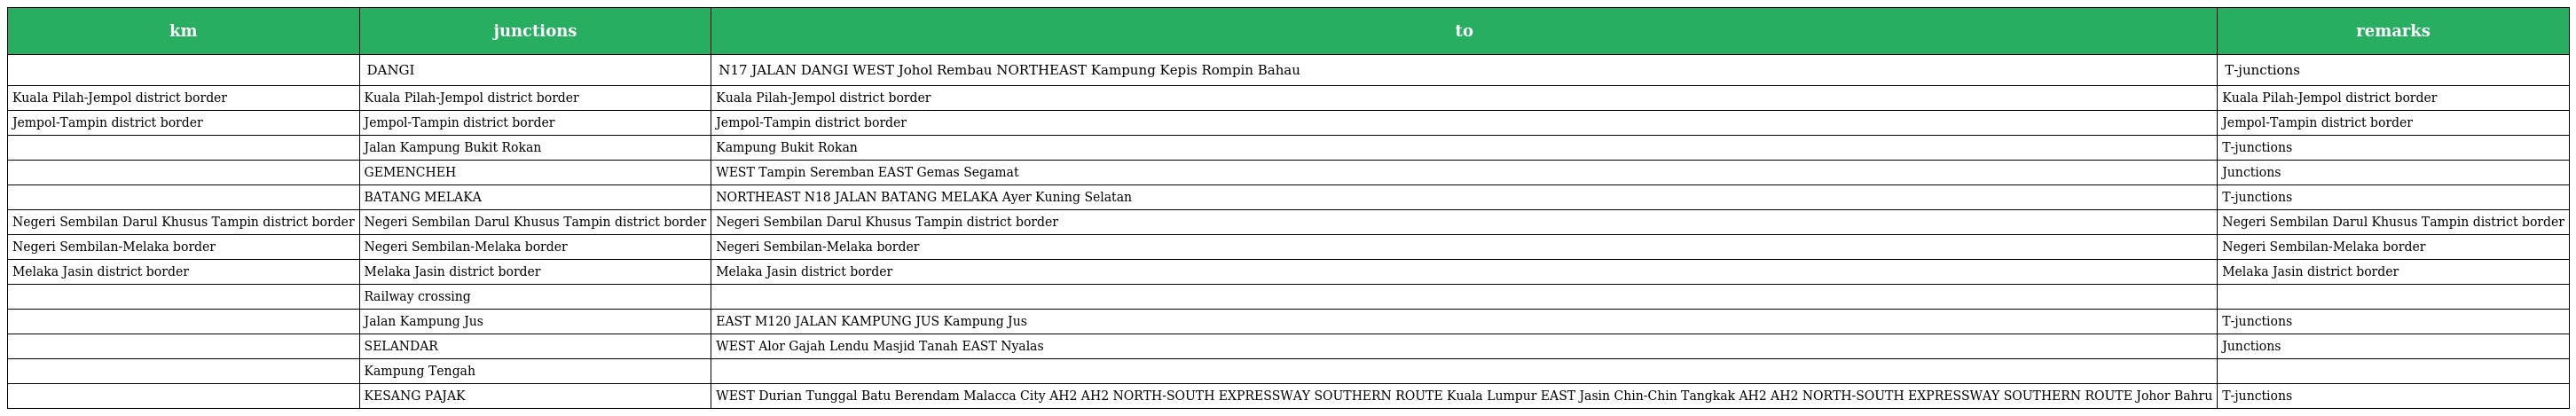
| km | junctions | to | remarks |
 | --- | --- | --- | --- |
 |  | DANGI | N17 JALAN DANGI WEST Johol Rembau NORTHEAST Kampung Kepis Rompin Bahau | T-junctions |
 | Kuala Pilah-Jempol district border | Kuala Pilah-Jempol district border | Kuala Pilah-Jempol district border | Kuala Pilah-Jempol district border |
 | Jempol-Tampin district border | Jempol-Tampin district border | Jempol-Tampin district border | Jempol-Tampin district border |
 |  | Jalan Kampung Bukit Rokan | Kampung Bukit Rokan | T-junctions |
 |  | GEMENCHEH | WEST Tampin Seremban EAST Gemas Segamat | Junctions |
 |  | BATANG MELAKA | NORTHEAST N18 JALAN BATANG MELAKA Ayer Kuning Selatan | T-junctions |
 | Negeri Sembilan Darul Khusus Tampin district border | Negeri Sembilan Darul Khusus Tampin district border | Negeri Sembilan Darul Khusus Tampin district border | Negeri Sembilan Darul Khusus Tampin district border |
 | Negeri Sembilan-Melaka border | Negeri Sembilan-Melaka border | Negeri Sembilan-Melaka border | Negeri Sembilan-Melaka border |
 | Melaka Jasin district border | Melaka Jasin district border | Melaka Jasin district border | Melaka Jasin district border |
 |  | Railway crossing |  |  |
 |  | Jalan Kampung Jus | EAST M120 JALAN KAMPUNG JUS Kampung Jus | T-junctions |
 |  | SELANDAR | WEST Alor Gajah Lendu Masjid Tanah EAST Nyalas | Junctions |
 |  | Kampung Tengah |  |  |
 |  | KESANG PAJAK | WEST Durian Tunggal Batu Berendam Malacca City AH2 AH2 NORTH-SOUTH EXPRESSWAY SOUTHERN ROUTE Kuala Lumpur EAST Jasin Chin-Chin Tangkak AH2 AH2 NORTH-SOUTH EXPRESSWAY SOUTHERN ROUTE Johor Bahru | T-junctions |